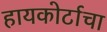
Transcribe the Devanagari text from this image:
हायकोर्टाचा